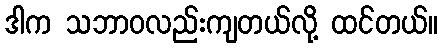
ဒါက သဘာဝလည်းကျတယ်လို့ ထင်တယ်။